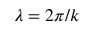
\lambda = 2 \pi / k